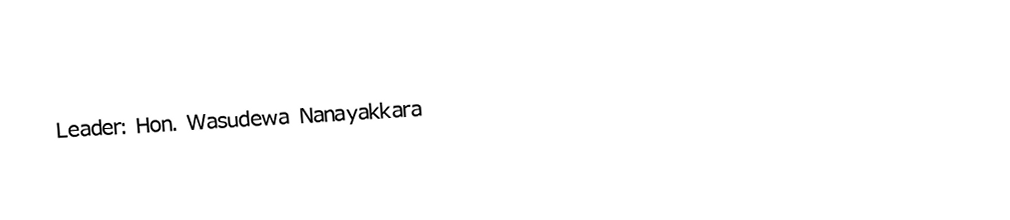
Leader: Hon. Wasudewa Nanayakkara